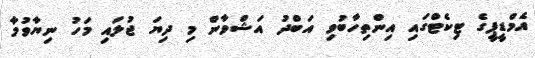
އެމްޑީޕީގެ ޓިކެޓްގައި އިންތިހާބުވި އަބްދު އަޝްވާން މި ދިޔަ ޖުލައި މަހު ނިޔާވުމާ